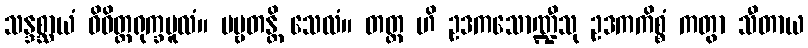
သန္ဒစ္ဆာယံ ဝိဝိတ္တရုက္ခမူလံ။ ပဗ္ဗတန္တိ သေလံ။ တတ္ထ ဟိ ဥဒကသောဏ္ဍီသု ဥဒကကိစ္စံ ကတွာ သီတာယ